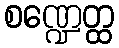
စဏ္ဍေတ္ထ